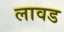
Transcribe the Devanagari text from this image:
लावड